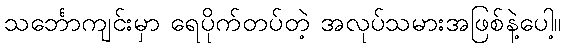
သင်္ဘောကျင်းမှာ ရေပိုက်တပ်တဲ့ အလုပ်သမားအဖြစ်နဲ့ပေါ့။